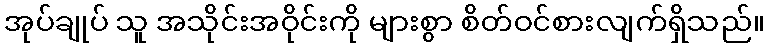
အုပ်ချုပ် သူ အသိုင်းအဝိုင်းကို များစွာ စိတ်ဝင်စားလျက်ရှိသည်။